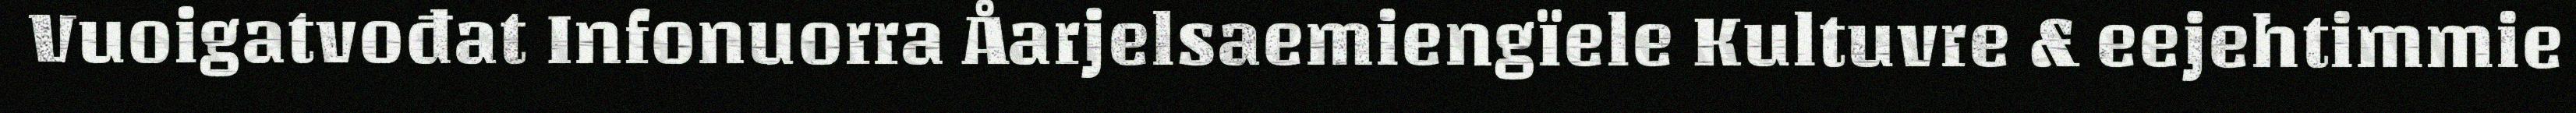
Vuoigatvođat Infonuorra Åarjelsaemiengïele Kultuvre & eejehtimmie